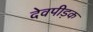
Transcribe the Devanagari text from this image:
देवपीड़क